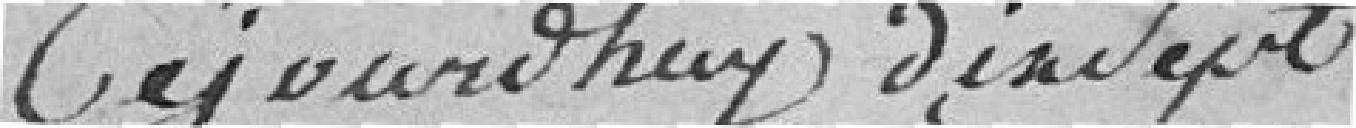
Aujourd'hui ???